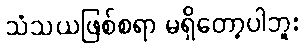
သံသယဖြစ်စရာ မရှိတော့ပါဘူး